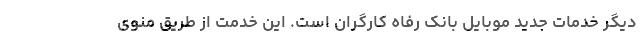
دیگر خدمات جدید موبایل بانک رفاه کارگران است. این خدمت از طریق منوی